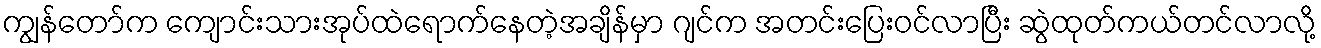
ကျွန်တော်က ကျောင်းသားအုပ်ထဲရောက်နေတဲ့အချိန်မှာ ဂျင်က အတင်းပြေးဝင်လာပြီး ဆွဲထုတ်ကယ်တင်လာလို့